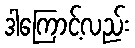
ဒါကြောင့်လည်း